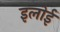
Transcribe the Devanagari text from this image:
इलोई